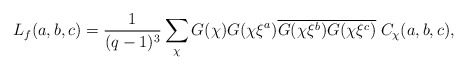
\begin{align*}L_f(a,b,c)=\frac{1}{(q-1)^3}\sum_{\chi}G(\chi)G(\chi\xi^a)\overline{G(\chi\xi^b)G(\chi\xi^c)}\;C_\chi(a,b,c), \end{align*}